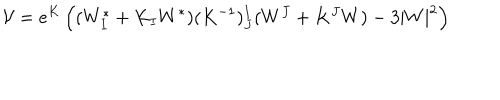
\mathcal { V } = e ^ { K } \left( ( W _ { I } ^ { * } + K _ { I } W ^ { * } ) ( K ^ { - 1 } ) _ { J } ^ { I } ( W ^ { J } + K ^ { J } W ) - 3 | W | ^ { 2 } \right)